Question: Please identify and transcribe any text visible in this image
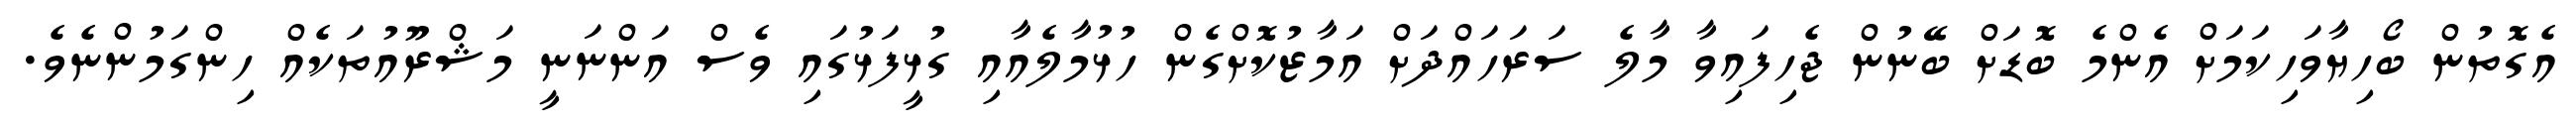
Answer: އެގޮތުން ބޯހިޔާވަހިކަމަށް އެންމެ ބޮޑަށް ބޭނުން ޖެހިފައިވާ މާލެ ސަރަހައްދަށް އަމާޒުކޮށްގެން ހުޅުމާލެއާއި ގުޅީފަޅުގައި ވެސް އަންނަނީ މަޝްރޫއުތަކެއް ހިންގަމުންނެވެ.